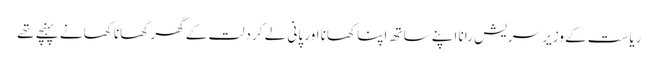
ریاست کے وزیر سریش رانا اپنے ساتھ اپنا کھانا اور پانی لے کر دلت کے گھر کھانا کھانے پہنچے تھے